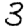
Digit: 3